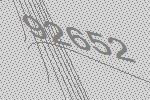
92652